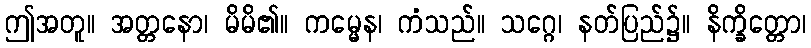
ဤအတူ။ အတ္တနော၊ မိမိ၏။ ကမ္မေန၊ ကံသည်။ သဂ္ဂေ၊ နတ်ပြည်၌။ နိက္ခိတ္တော၊